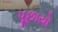
પૂછાયો